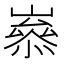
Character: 𡼶